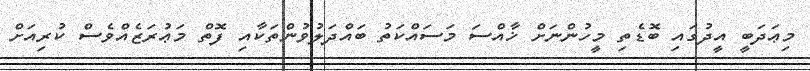
މިޢަދަބީ އީދުގައި ބޮޑެތި މީހުންނަށް ޚާއްސަ މަސައްކަތު ބައްދަލުވުންތަކާއި ފޮތް މަޢުރަޒެއްވެސް ކުރިއަށް